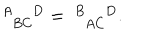
LaTeX: \ _ { \; \; B C } ^ { A \; D } = \ _ { \; \; A C } ^ { B \; D } .